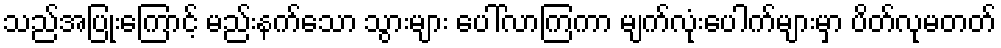
သည်အပြုံးကြောင့် မည်းနက်သော သွားများ ပေါ်လာကြကာ မျက်လုံးပေါက်များမှာ ပိတ်လုမတတ်